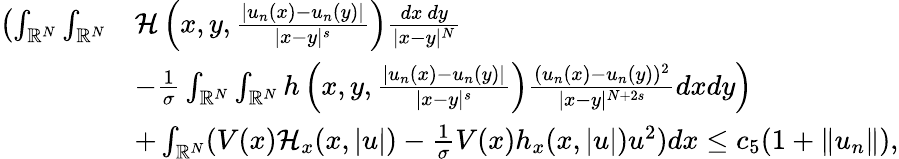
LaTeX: \begin{array}{rl}{\left(\int_{{\mathbb R}^{N}}\int_{{\mathbb R}^{N}}\right.}&{\mathcal{H}\left(x,y,\frac{|u_{n}(x)-u_{n}(y)|}{|x-y|^{s}}\right)\frac{dx\ dy}{|x-y|^{N}}}\\ &{\left.-\frac{1}{\sigma}\int_{{\mathbb R}^{N}}\int_{{\mathbb R}^{N}}h\left(x,y,\frac{|u_{n}(x)-u_{n}(y)|}{|x-y|^{s}}\right)\frac{(u_{n}(x)-u_{n}(y))^{2}}{|x-y|^{N+2s}}dxdy\right)}\\ &{+\int_{{\mathbb R}^{N}}(V(x)\mathcal{H}_{x}(x,|u|)-\frac{1}{\sigma}V(x)h_{x}(x,|u|)u^{2})dx\leq c_{5}(1+\| u_{n}\| ),}\end{array}